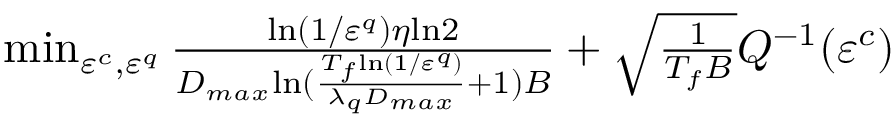
\begin{array} { r l } & { \operatorname* { m i n } _ { \varepsilon ^ { c } , \varepsilon ^ { q } } \frac { { \mathrm { l n } ( 1 / \varepsilon ^ { q } ) \eta \mathrm { l n } 2 } } { D _ { m a x } { \mathrm { l n } ( \frac { T _ { f } { \mathrm { l n } ( 1 / \varepsilon ^ { q } ) } } { \lambda _ { q } D _ { m a x } } + 1 ) B } } + \sqrt { \frac { 1 } { T _ { f } B } } Q ^ { - 1 } ( \varepsilon ^ { c } ) } \end{array}